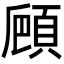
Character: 𩒒